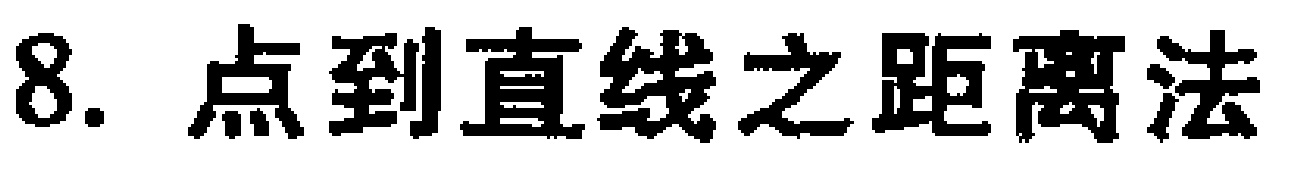
8. 点到直线之距离法